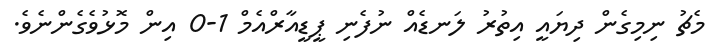
މެޗު ނިމިގެން ދިޔައީ އިތުރު ލަނޑެއް ނުފެނި ޕީޑީއާރްއެމް 1-0 އިން މޮޅުވެގެންނެވެ.